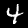
Label: 4